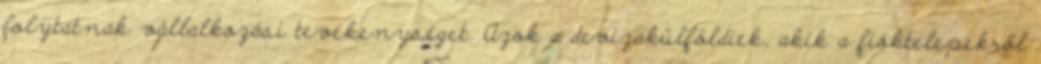
folytatnak vállalkozási tevékenységet. Azok a devizakülföldiek, akik a fióktelepekről